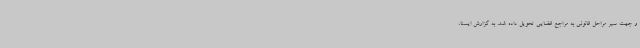
و جهت سیر مراحل قانونی به مراجع قضایی تحویل داده شد. به گزارش ایسنا،